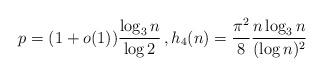
LaTeX: \begin{align*}p = (1+o(1)) \frac{\log_3 n}{\log 2} \,, h_4(n)= \frac{\pi^2}{8} \frac{ n \log_3 n}{ (\log n)^2} \end{align*}